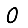
Digit: 0